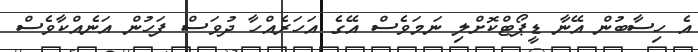
އެ ހިސާބުން އޭނާ ޑީޕޯޓްކޮށްލި ނަމަވެސް އޭގެ އަހަރެއްހާ ދުވަސް ފަހުން އަނެއްކާވެސް